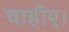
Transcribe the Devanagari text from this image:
चाहीए।